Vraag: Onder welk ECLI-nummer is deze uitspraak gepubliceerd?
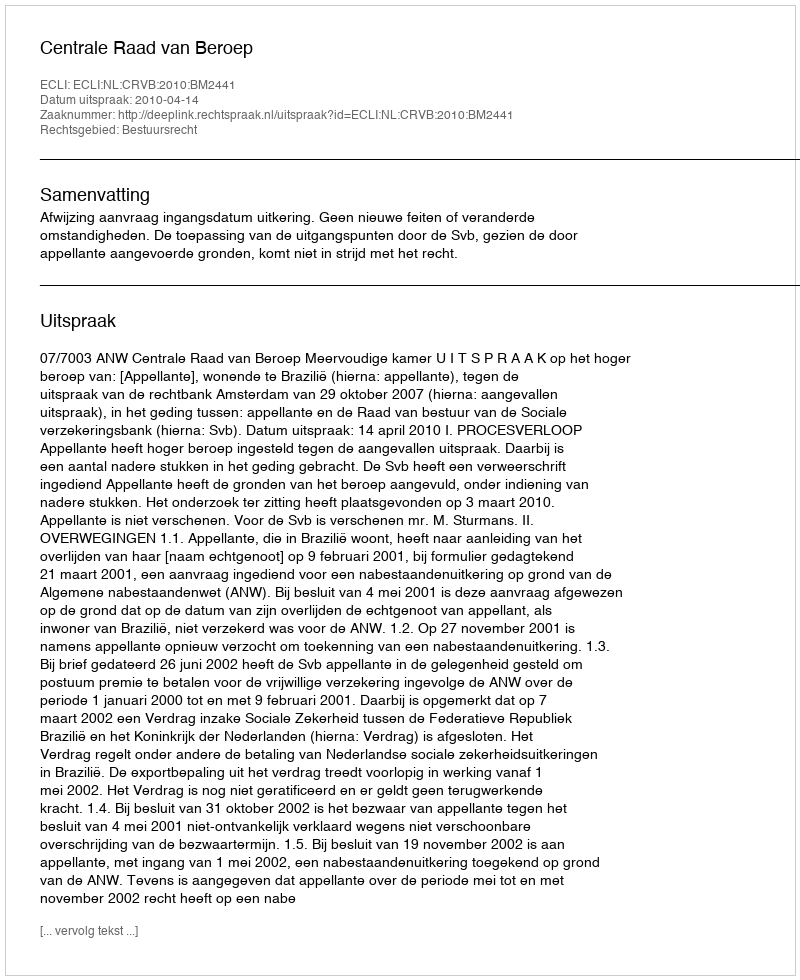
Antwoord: ECLI:NL:CRVB:2010:BM2441